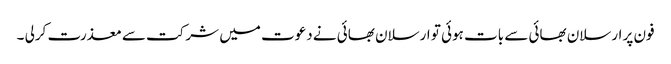
فون پر ارسلان بھائی سے بات ہوئی تو ارسلان بھائی نے دعوت میں شرکت سے معذرت کرلی ۔